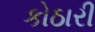
કોઠારી